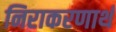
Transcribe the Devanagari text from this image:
निराकरणार्थ